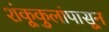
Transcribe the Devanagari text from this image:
शंकूकुलांपासून